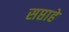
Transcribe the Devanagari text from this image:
सप्ताहे